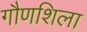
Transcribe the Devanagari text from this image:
गौणशिला